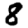
Digit: 8